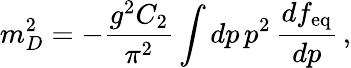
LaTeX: m_{D}^{2}=-\frac{g^{2}C_{2}}{\pi^{2}}\int dp\, p^{2}\, \frac{df_{\mathrm{eq}}}{dp}\, ,